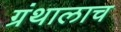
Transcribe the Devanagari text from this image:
ग्रंथालाच